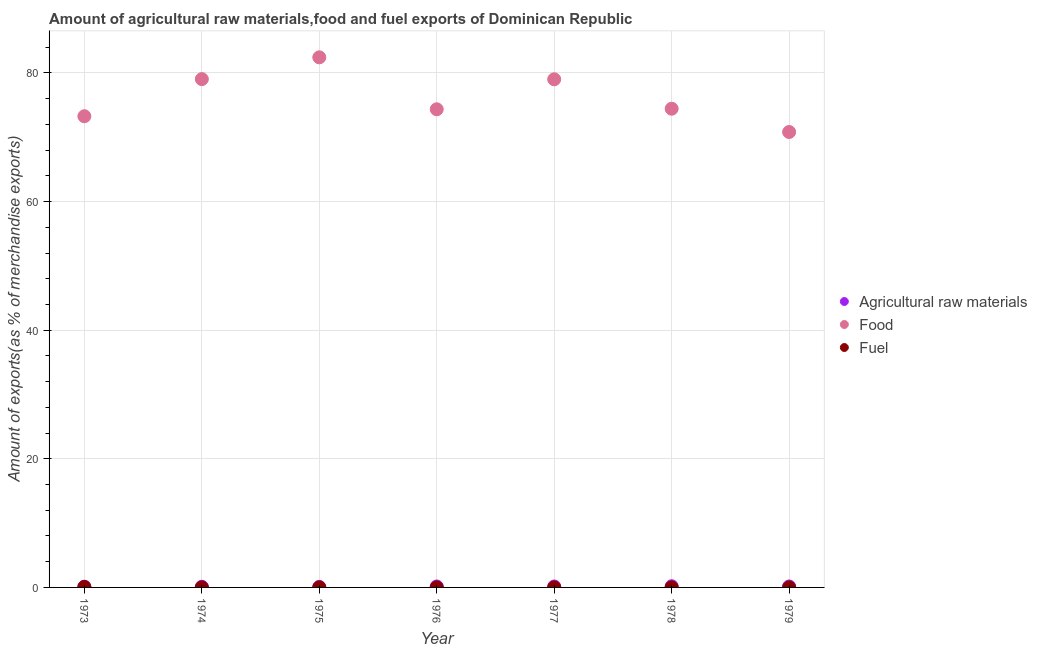
| Year | Agricultural raw materials | Food | Fuel |
 | --- | --- | --- | --- |
 | 1973 | 0.111 | 73.3 | 0.0691 |
 | 1974 | 0.103 | 79 | 0.00198 |
 | 1975 | 0.0788 | 82.4 | 0.00492 |
 | 1976 | 0.146 | 74.3 | 0.00409 |
 | 1977 | 0.145 | 79 | 0.00136 |
 | 1978 | 0.184 | 74.4 | 0.0052 |
 | 1979 | 0.147 | 70.8 | 0.00435 |